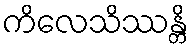
ကိလေသိဿန္တိ